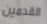
القدمين